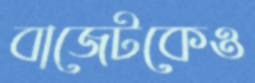
বাজেটকেও